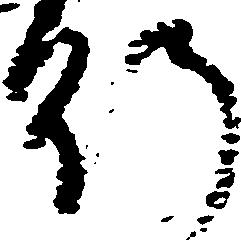
行